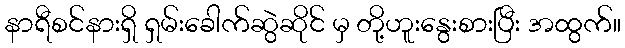
နာရီစင်နားရှိ ရှမ်းခေါက်ဆွဲဆိုင် မှ တို့ဟူးနွေးစားပြီး အထွက်။